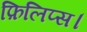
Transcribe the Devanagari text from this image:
फ़िलिप्स।